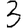
Digit: 3